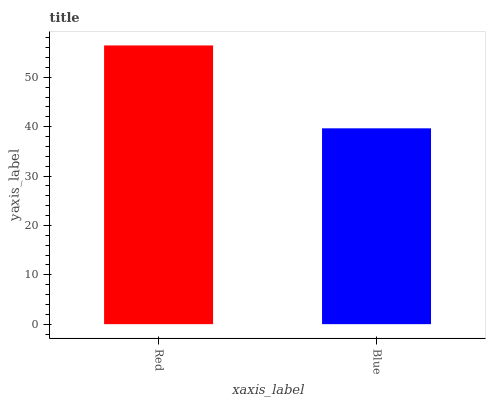
| xaxis_label | bars |
 | --- | --- |
 | Red | 56.5 |
 | Blue | 39.7 |